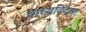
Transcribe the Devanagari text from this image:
प्राच्यविदया